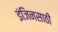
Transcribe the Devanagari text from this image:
इंजिनसाठी